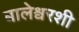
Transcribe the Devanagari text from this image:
बालेश्वरशी